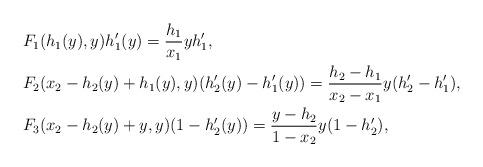
LaTeX: \begin{align*}&F_1(h_1(y),y)h_1'(y)=\frac{h_1}{x_1}yh_1',\\&F_2(x_2-h_2(y)+h_1(y),y)(h_2'(y)-h_1'(y))=\frac{h_2-h_1}{x_2-x_1}y(h_2'-h_1'),\\&F_3(x_2-h_2(y)+y,y)(1-h_2'(y))=\frac{y-h_2}{1-x_2}y(1-h_2'),\end{align*}